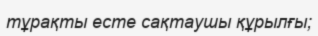
тұрақты есте сақтаушы құрылғы;